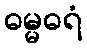
ဓမ္မဓရံ